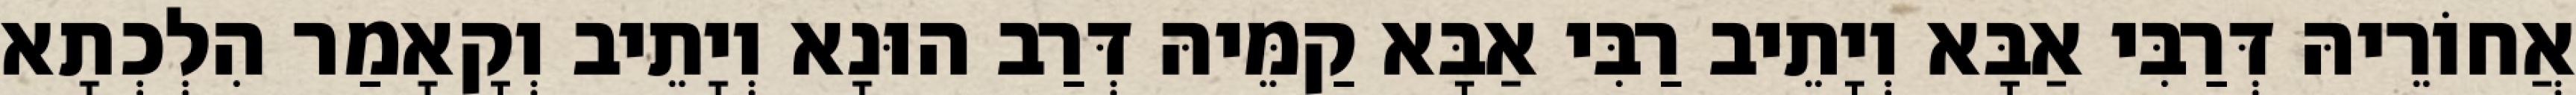
אֲחוֹרֵיהּ דְּרַבִּי אַבָּא וְיָתֵיב רַבִּי אַבָּא קַמֵּיהּ דְּרַב הוּנָא וְיָתֵיב וְקָאָמַר הִלְכְתָא